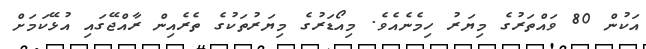
އަކުން 80 ވައްތަރުގެ މިޔަރު ހިމެނެއެވެ. މިއޯޑަރުގެ މިޔަރުތަކުގެ ތެރެއިން ރާއްޖޭގައި އުޅޭކަމަށް